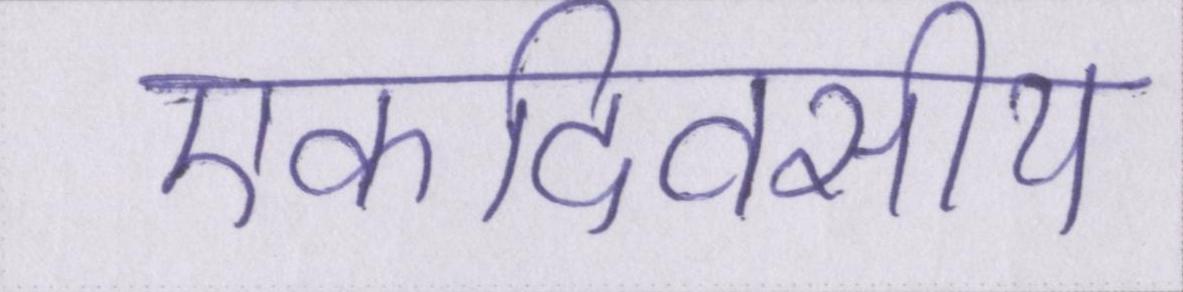
एकदिवसीय